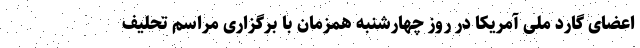
اعضای گارد ملی آمریکا در روز چهارشنبه همزمان با برگزاری مراسم تحلیف